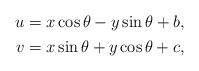
LaTeX: \begin{align*} \begin{aligned} u&=x\cos \theta -y\sin \theta +b,\\ v&=x\sin \theta +y \cos \theta +c, \end{aligned} \end{align*}